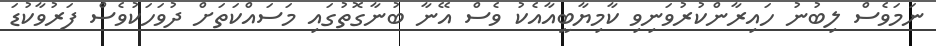
ނަމަވެސް ލިބުނު ހައިރާންކުރުވަނިވި ކާމިޔާބީއާއެކު ވެސް އޭނާ ބުނާގޮތުގައި މަސައްކަތަށް ދުވަހަކުވެސް ފަރުވާކުޑަ